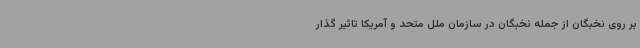
بر روی نخبگان از جمله نخبگان در سازمان ملل متحد و آمریکا تاثیر گذار